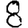
Digit: 8